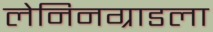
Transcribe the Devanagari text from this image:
लेनिनग्राडला